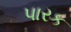
પારક